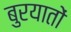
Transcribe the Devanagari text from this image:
बुरयातों